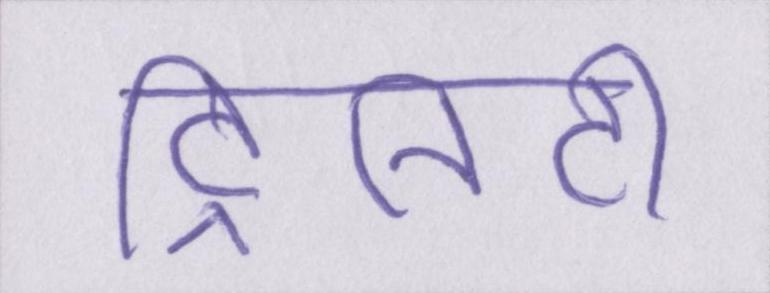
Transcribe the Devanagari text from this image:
ट्रिनिटी